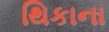
થિકાના